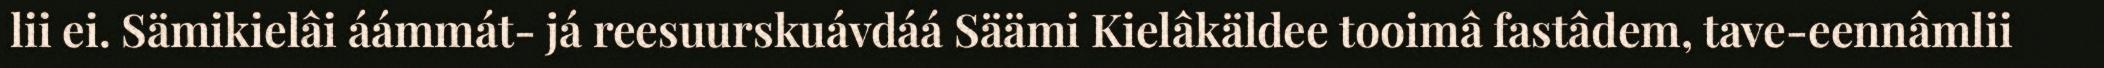
lii ei. Sämikielâi áámmát- já reesuurskuávdáá Säämi Kielâkäldee tooimâ fastâdem, tave-eennâmlii